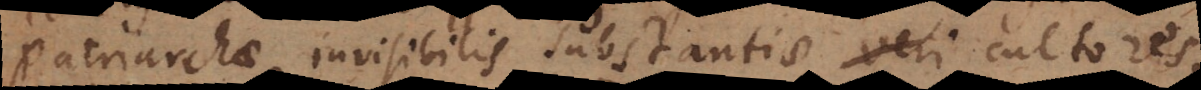
Patriarchae, invisibilis substantiae veri cultores,